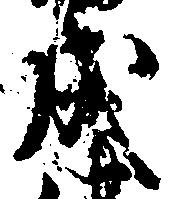
成